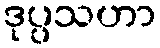
ဒုပ္ပသဟာ